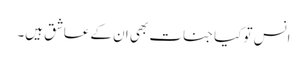
انس تو کیا جنات بھی ان کے عاشق ہیں۔